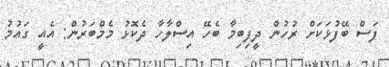
ފަސް ބޭފުޅަކަށް ރުހުން ދީފިބިމާ ބެހޭ އިސްލާހާ ދެކޮޅު މެމްބަރުން: އެއީ ގައުމު